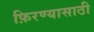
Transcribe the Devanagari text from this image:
फ़िरण्यासाठी